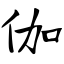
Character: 伽